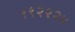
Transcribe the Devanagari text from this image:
१९२२२४